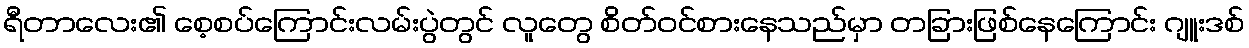
ရီတာလေး၏ စေ့စပ်ကြောင်းလမ်းပွဲတွင် လူတွေ စိတ်ဝင်စားနေသည်မှာ တခြားဖြစ်နေကြောင်း ဂျူးဒစ်